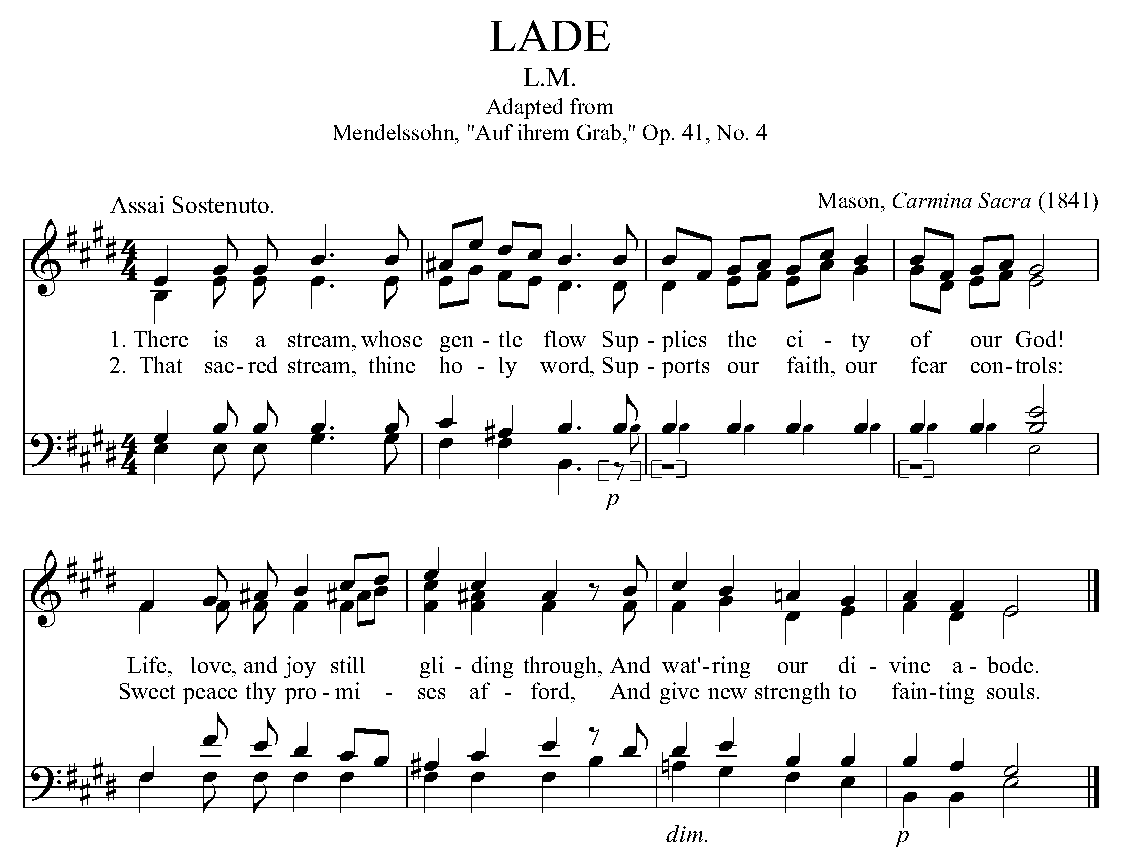
LADE
 L.M.
 Adapted from
 Mendelssohn, "Auf ihrem Grab," Op. 41, No. 4
 &# ## #A 4 4ssa œi Sost œ œen jut œœo j. œ œ™ ™ œ œj #œ œ œ œ œ œ œ œ œ œ™ ™ œ œj œœ œ œ œ œ œ œ œ M œ œas œ œon, Ca œ œrm œ œina œ œ Sa œ œcra ˙ ˙ (1841)
 œ   J  J       J              J
 1. There is a stream,whose gen - tle flow Sup - plies the ci - ty of our God!
 2. That sac-red stream, thine ho - ly word,Sup - ports our faith, our fear con-trols:
 j j        j              j                          ˙
 ?# ## #4
 4
 œ œ œ œ
 J
 œ œ
 J
 œ œ™ ™ œ œ
 J
 œ œ #œ œ œœ ™™ œ ‰E ∑œ Q œ Q œ Q œ Q ∑œ Q œ Q ˙
 ˙
 p
 &# ## # œœ œœj #œ œj œ œ # œœ œœœ œ œ œ #œ œ œ œ œ ‰ œ œj œ œ œ œ nœ œ œ œ œ œ œ œ ˙˙
 J  J                       J
 Life, love,and joy still gli - ding through, And wat'-ring our di - vine a - bode.
 Sweet peace thy pro-mi - ses af - ford, And give new strength to fain-ting souls.
 ?# ## # œœ œ
 Jœj
 œ œ
 Jj
 œ œ œœ œ #œ œ œ œ œ œ
 œ‰ œj
 nœ œ œ œ œ œ œ œ œœ œ
 œ
 ˙ ˙
 dim.           p
 Edited by Peter Mercer-Taylor, AmericanClassicalHymns.com, 2020